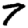
Digit: 7